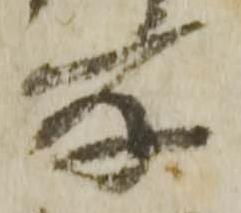
所